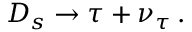
D _ { s } \to \tau + \nu _ { \tau } \, .